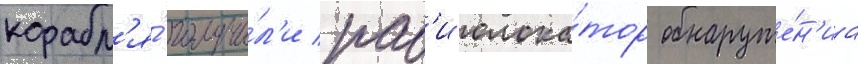
корабл'я́ получи́л'и рад'иолока́тор обнаруже́н'иа